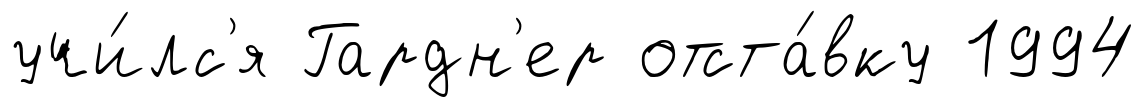
учи́лс'я Гардн'ер отста́вку 1994